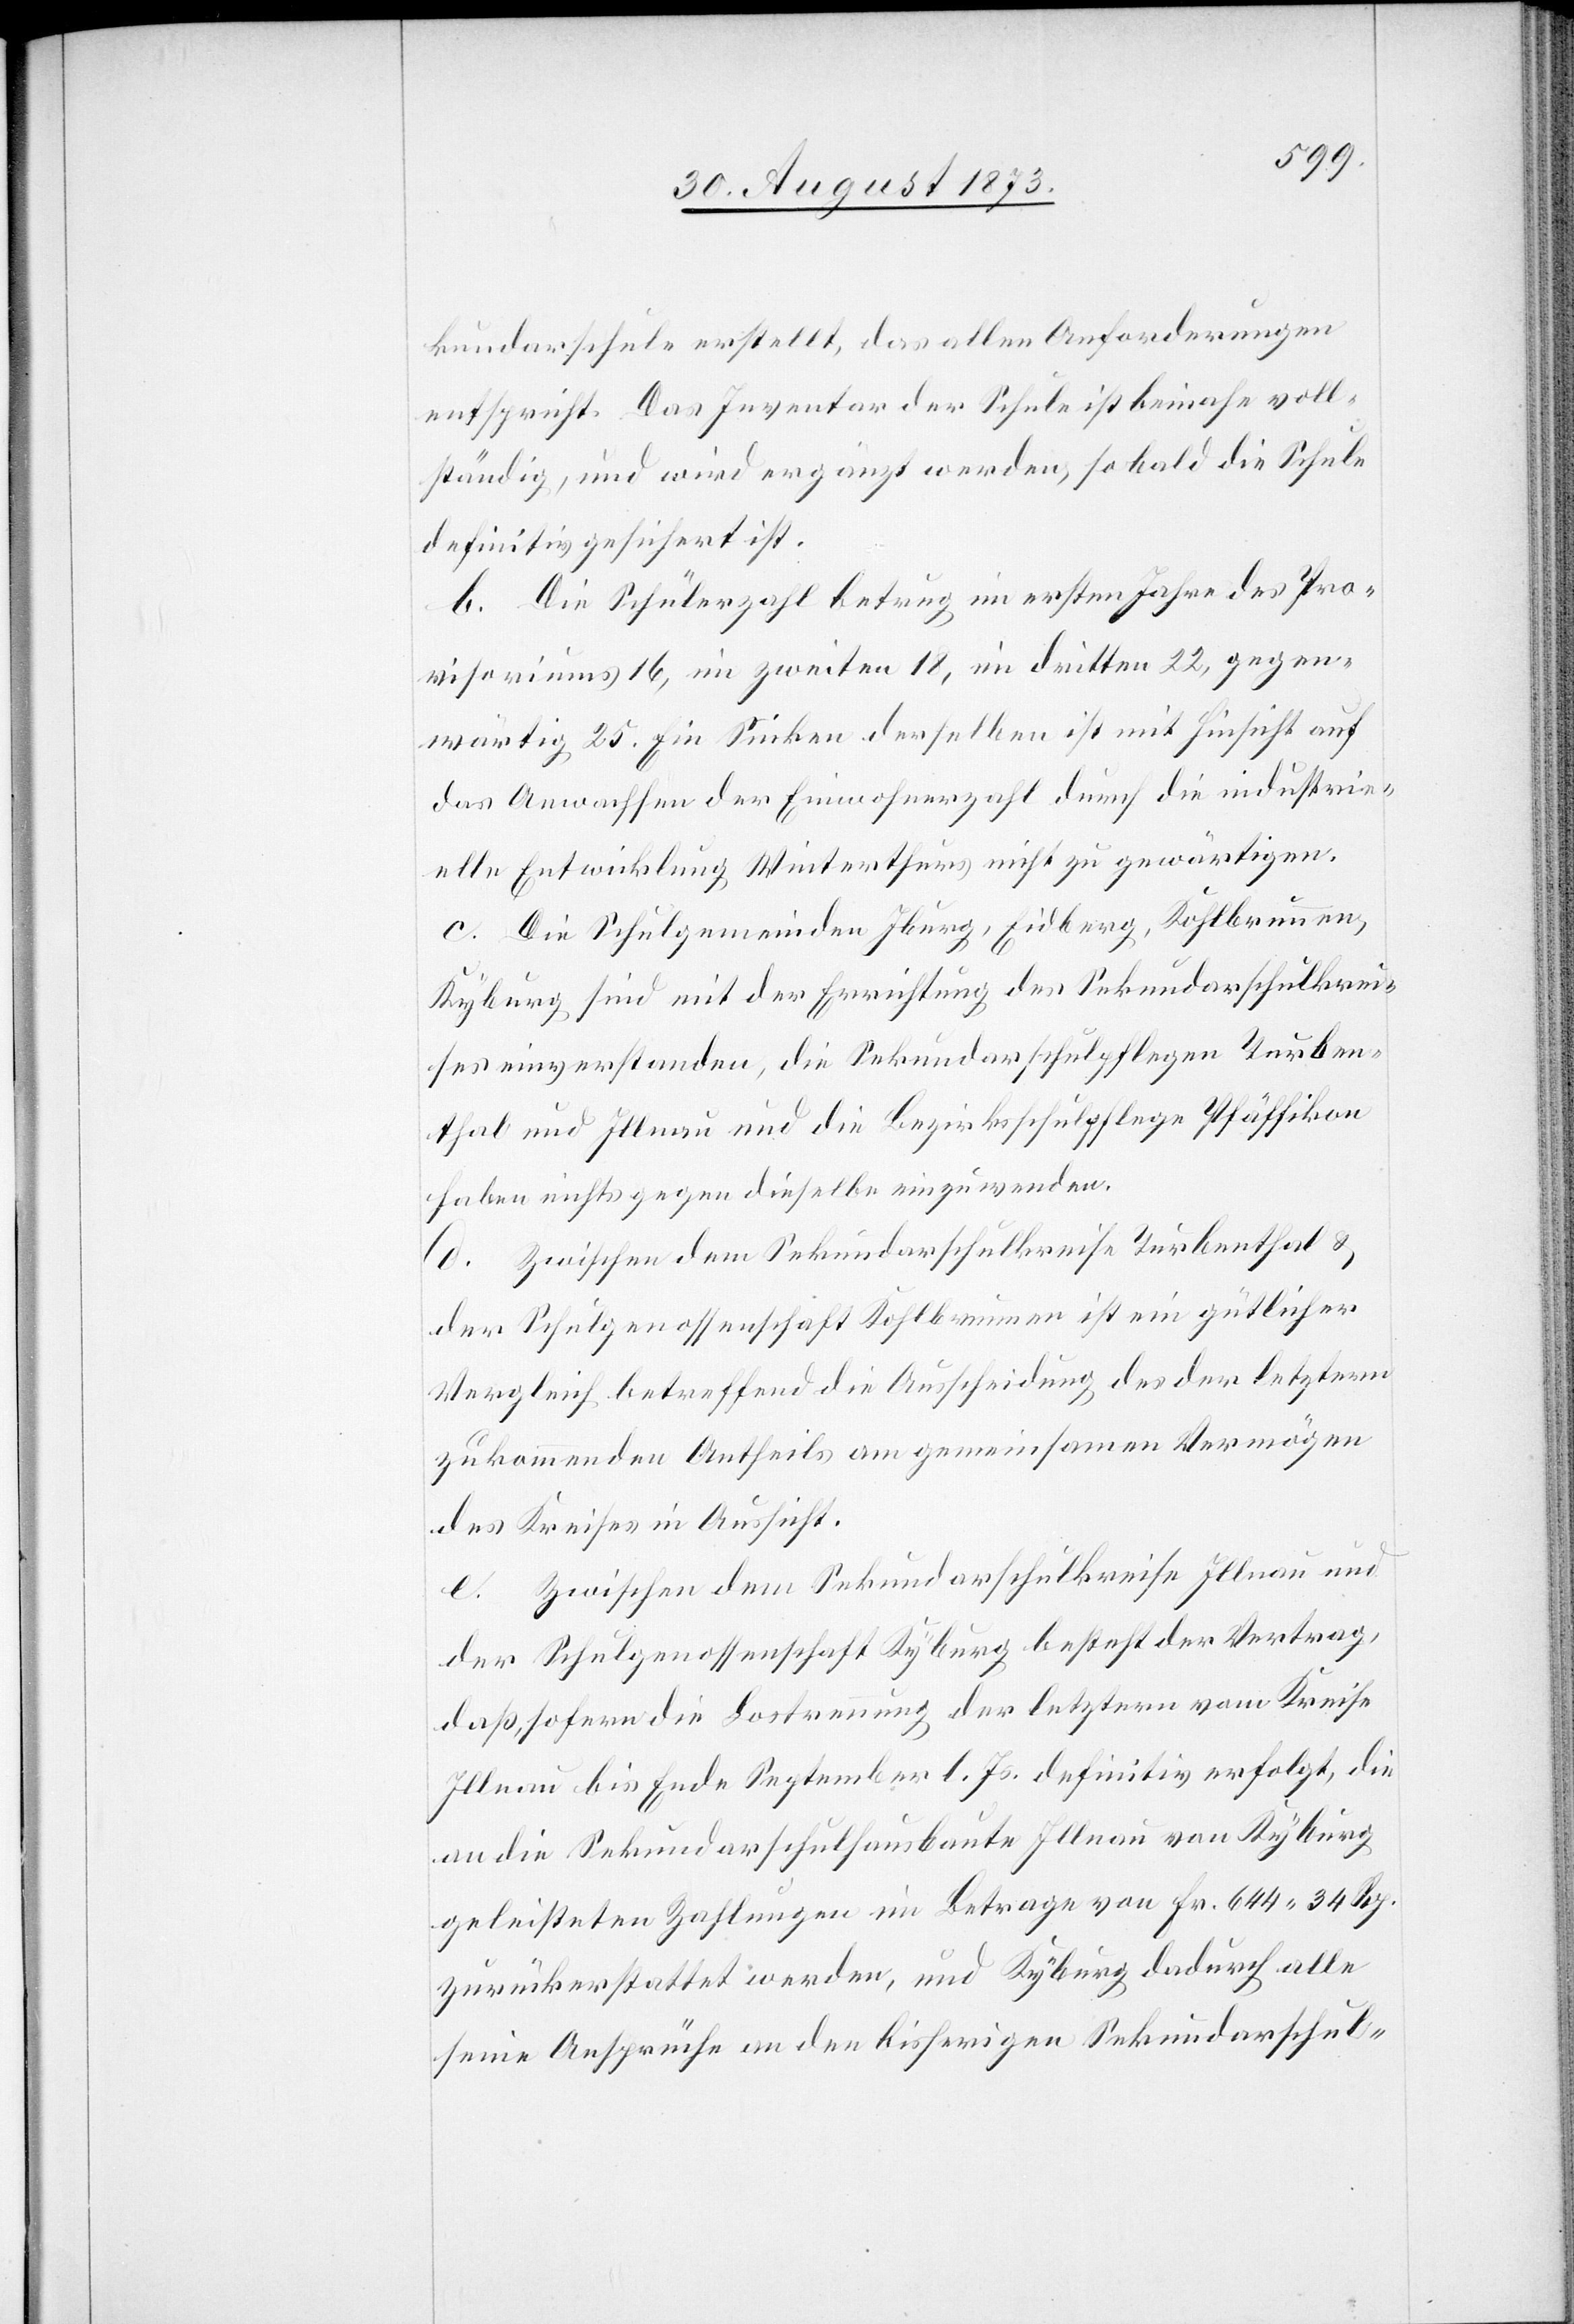
kundarschule erstellt, das allen Anforderungen
entspricht. Das Inventar der Schule ist beinahe voll¬
ständig, und wird ergänzt werden, so bald die Schule
definitiv gesichert ist.
b. Die Schülerzahl betrug im ersten Jahre des Pro¬
visoriums 16, im zweiten 18, im dritten 22, gegen¬
wärtig 25. Ein Sinken derselben ist mit Hinsicht auf
das Anwachsen der Einwohnerzahl durch die industrie¬
lle Entwicklung Winterthurs nicht zu gewärtigen.
c. Die Schulgemeinden Iburg, Eidberg, Kohlbrunnen,
Kyburg sind mit der Errichtung des Sekundarschulkrei¬
ses einverstanden, die Sekundarschulpflegen Turben¬
thal und Illnau und die Bezirksschulpflege Pfäffikon
haben nichts gegen dieselbe einzuwenden.
d. Zwischen dem Sekundarschulkreise Turbenthal &
der Schulgenossenschaft Kohlbrunnen ist ein gütlicher
Vergleich betreffend die Ausscheidung des der letztern
zukommenden Antheils am gemeinsamen Vermögen
des Kreises in Aussicht.
e. Zwischen dem Sekundarschulkreise Illnau und
der Schulgenossenschaft Kyburg besteht der Vertrag,
daß, sofern die Lostrennung der letztern vom Kreise
Illnau bis Ende September l. Js. definitiv erfolgt, die
an die Sekundarschulhausbaute Illnau von Kyburg
geleisteten Zahlungen im Betrage von Fr. 644 34 Rp.
zurückerstattet werden, und Kyburg dadurch alle
seine Ansprüche an den bisherigen Sekundarschul-